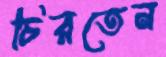
চিরতেন